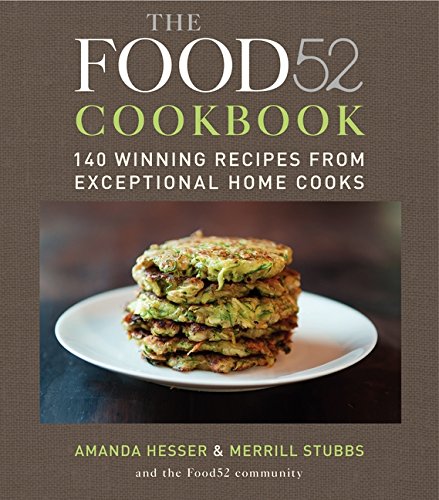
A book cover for The Food52 Cookbook: 140 Winning Recipes from Exceptional Home Cooks; Amanda Hesser; Cookbooks, Food & Wine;